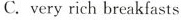
C. very rich breakfasts